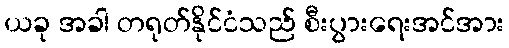
ယခု အခါ တရုတ်နိုင်ငံသည် စီးပွားရေးအင်အား